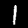
Digit: 1